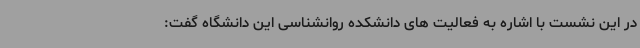
در این نشست با اشاره به فعالیت های دانشکده روانشناسی این دانشگاه گفت: